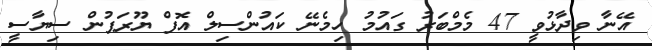
އޭނާ ވިދާޅުވީ 47 މެމްބަރު ގައުމު ހިމެނޭ ކައުންސިލް އޮފް ޔޫރަޕުން ސިޔާސީ